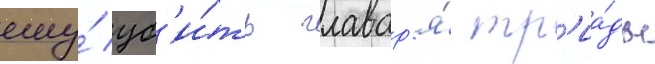
ему́ уб'и́ть главар'я́ тр'иа́ды